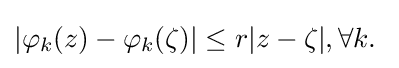
|\varphi _{k}(z)-\varphi _{k}(\zeta )|\leq r|z-\zeta |,\forall k.\